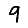
Digit: 9